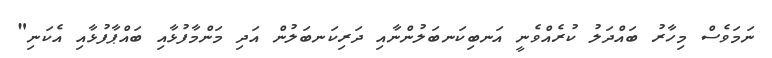
ނަމަވެސް މިހާރު ބައްދަލު ކުރެއްވެނީ އަނބިކަނބަލުންނާއި ދަރިކަނބަލުން އަދި މަންމާފުޅާއި ބައްްޕާފުޅާއި އެކަނި"